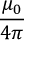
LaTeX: \frac { \mu _ { 0 } } { 4 \pi }